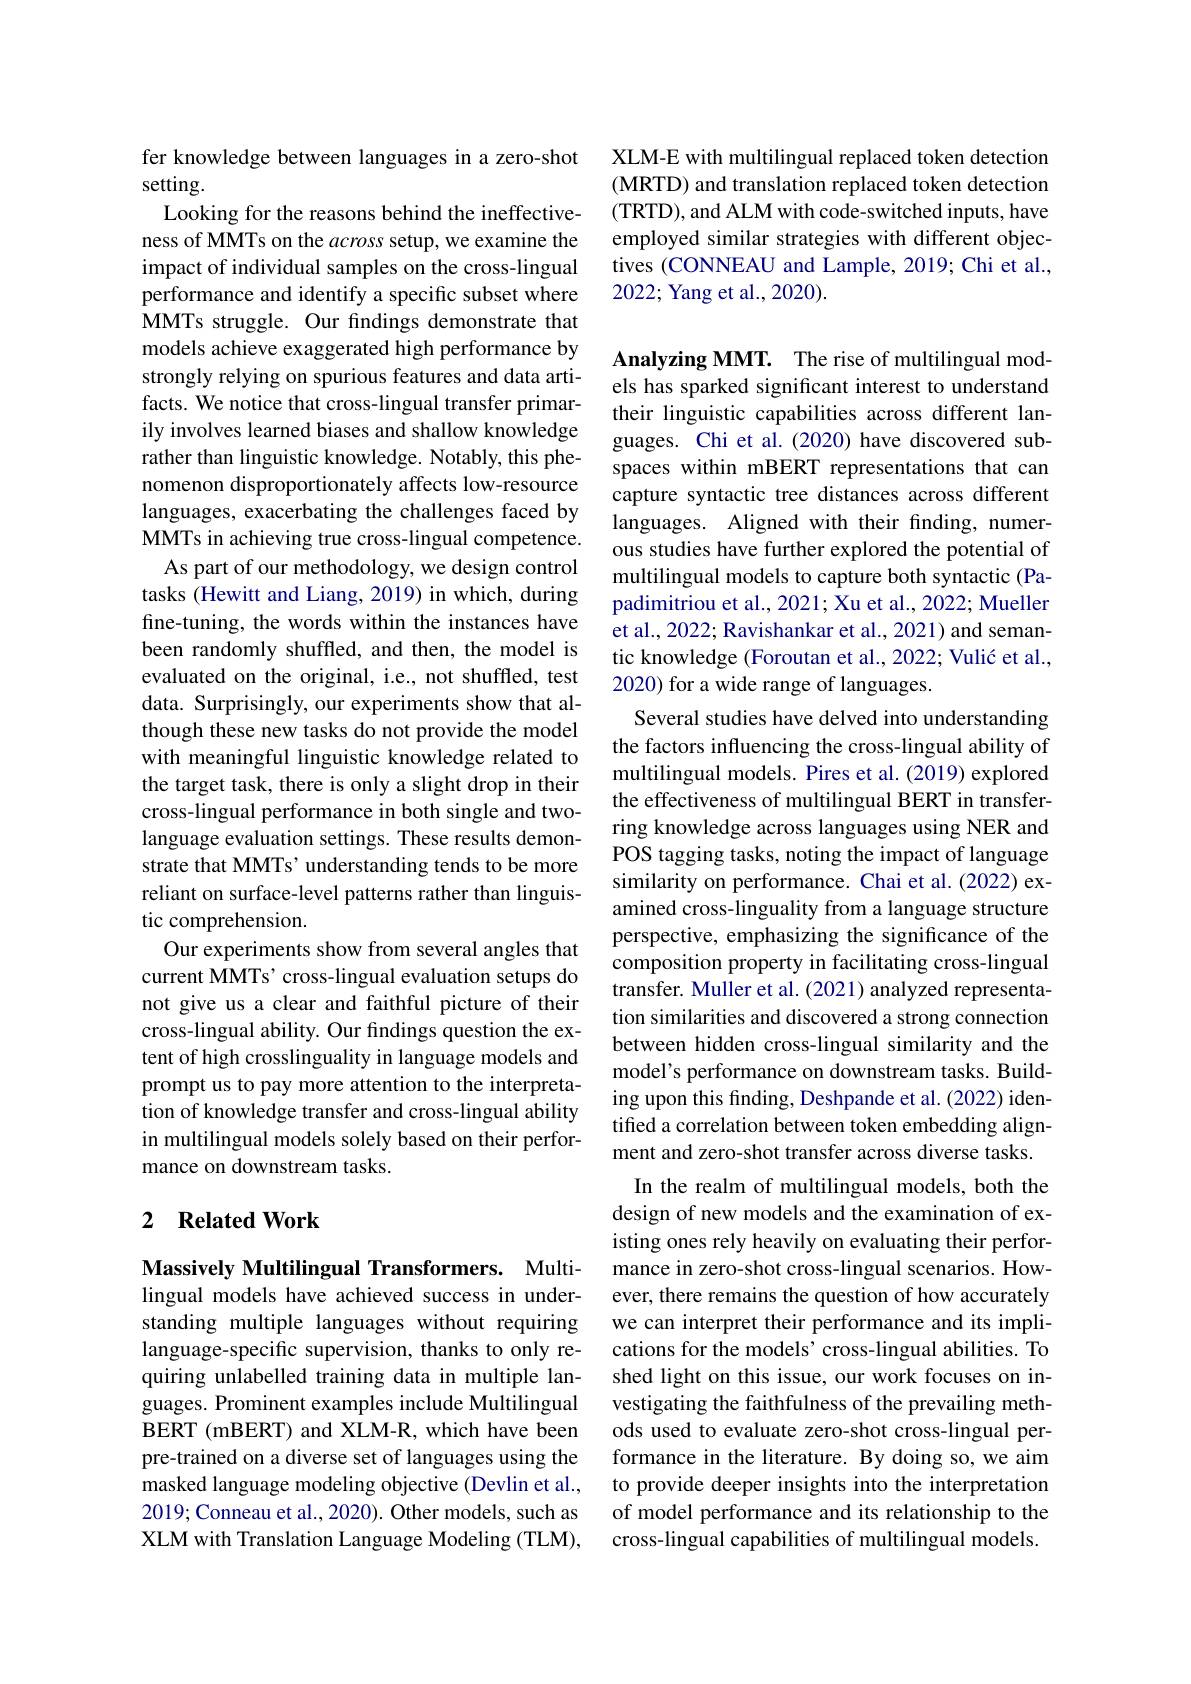
fer knowledge between languages in a zero-shot
setting.

Looking for the reasons behind the ineffectiveness of MMTs on the across setup, we examine the impact of individual samples on the cross-lingual performance and identify a specific subset where MMTs struggle. Our findings demonstrate that models achieve exaggerated high performance by strongly relying on spurious features and data artifacts. We notice that cross-lingual transfer primarily involves learned biases and shallow knowledge rather than linguistic knowledge. Notably, this phenomenon disproportionately affects low-resource languages, exacerbating the challenges faced by MMTs in achieving true cross-lingual competence.
As part of our methodology, we design control tasks (Hewitt and Liang, 2019) in which, during fine-tuning, the words within the instances have been randomly shuffled, and then, the model is evaluated on the original, i.e., not shuffled, test data. Surprisingly, our experiments show that although these new tasks do not provide the model with meaningful linguistic knowledge related to the target task, there is only a slight drop in their cross-lingual performance in both single and twolanguage evaluation settings. These results demonstrate that MMTs' understanding tends to be more reliant on surface-level patterns rather than linguistic comprehension.
Our experiments show from several angles that current MMTs' cross-lingual evaluation setups do not give us a clear and faithful picture of their cross-lingual ability. Our findings question the extent of high crosslinguality in language models and prompt us to pay more attention to the interpretation of knowledge transfer and cross-lingual ability in multilingual models solely based on their performance on downstream tasks.

## 2 $\textbf{Related Work}$

Massively Multilingual Transformers. Multilingual models have achieved success in understanding multiple languages without requiring language-specific supervision, thanks to only requiring unlabelled training data in multiple languages. Prominent examples include Multilingual BERT (mBERT) and XLM-R, which have been pre-trained on a diverse set of languages using the masked language modeling objective (Devlin et al., 2019;Conneau et al., 2020). Other models, such as XLM with Translation Language Modeling (TLM),

XLM-E with multilingual replaced token detection (MRTD) and translation replaced token detection (TRTD), and ALM with code-switched inputs, have employed similar strategies with different objectives (CONNEAU and Lample, 2019; Chi et al., 2022; Yang et al., 2020).

Analyzing MMT. The rise of multilingual models has sparked significant interest to understand their linguistic capabilities across different languages. Chi et al. (2020) have discovered subspaces within mBERT representations that can capture syntactic tree distances across different languages. Aligned with their finding, numerous studies have further explored the potential of multilingual models to capture both syntactic (Papadimitriou et al., 2021; Xu et al., 2022; Mueller et al., 2022; Ravishankar et al., 2021) and semantic knowledge (Foroutan et al., 2022; Vulić et al., 2020) for a wide range of languages.
Several studies have delved into understanding the factors influencing the cross-lingual ability of multilingual models. Pires et al. (2019) explored the effectiveness of multilingual BERT in transferring knowledge across languages using NER and POS tagging tasks, noting the impact of language similarity on performance. Chai et al.(2022) examined cross-linguality from a language structure perspective, emphasizing the significance of the composition property in facilitating cross-lingual transfer. Muller et al. (2021) analyzed representation similarities and discovered a strong connection between hidden cross-lingual similarity and the model's performance on downstream tasks. Building upon this finding, Deshpande et al. (2022) identified a correlation between token embedding alignment and zero-shot transfer across diverse tasks.
In the realm of multilingual models, both the design of new models and the examination of existing ones rely heavily on evaluating their performance in zero-shot cross-lingual scenarios. However, there remains the question of how accurately we can interpret their performance and its implications for the models' cross-lingual abilities. To shed light on this issue, our work focuses on investigating the faithfulness of the prevailing methods used to evaluate zero-shot cross-lingual performance in the literature. By doing so, we aim to provide deeper insights into the interpretation of model performance and its relationship to the cross-lingual capabilities of multilingual models.